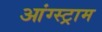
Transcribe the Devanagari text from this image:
आंग्स्ट्राम